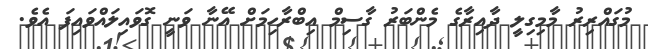
މުގައްރިރު މާމިގިލީ ދާއިރާގެ މެންބަރު ގާސިމް އިބްރާހިމަށް އޭނާ ވަނީ ގޮވައިލައްވައިފަ އެވެ.